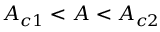
A _ { c 1 } < A < A _ { c 2 }